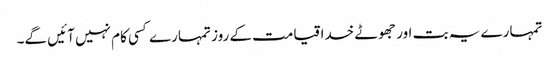
تمہارے یہ بت اور جھوٹے خدا قیامت کے روز تمہارے کسی کام نہیں آئیں گے۔